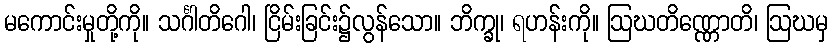
မကောင်းမှုတို့ကို။ သင်္ဂါတိဂေါ၊ ငြိမ်းခြင်း၌လွန်သော။ ဘိက္ခု၊ ရဟန်းကို။ ဩဃတိဏ္ဏောတိ၊ ဩဃမှ